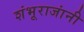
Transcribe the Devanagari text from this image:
शंभूराजांनी